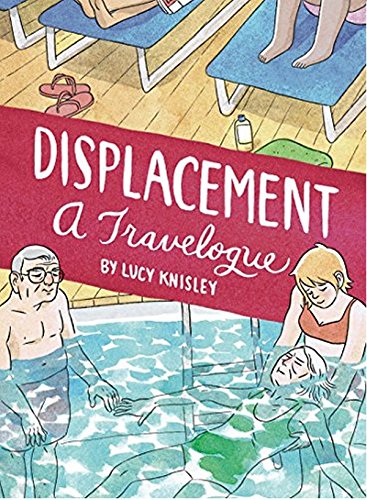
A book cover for Displacement; Lucy Knisley; Comics & Graphic Novels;